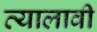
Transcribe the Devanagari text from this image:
त्यालावी